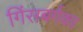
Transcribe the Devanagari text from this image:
गिंसबर्गका